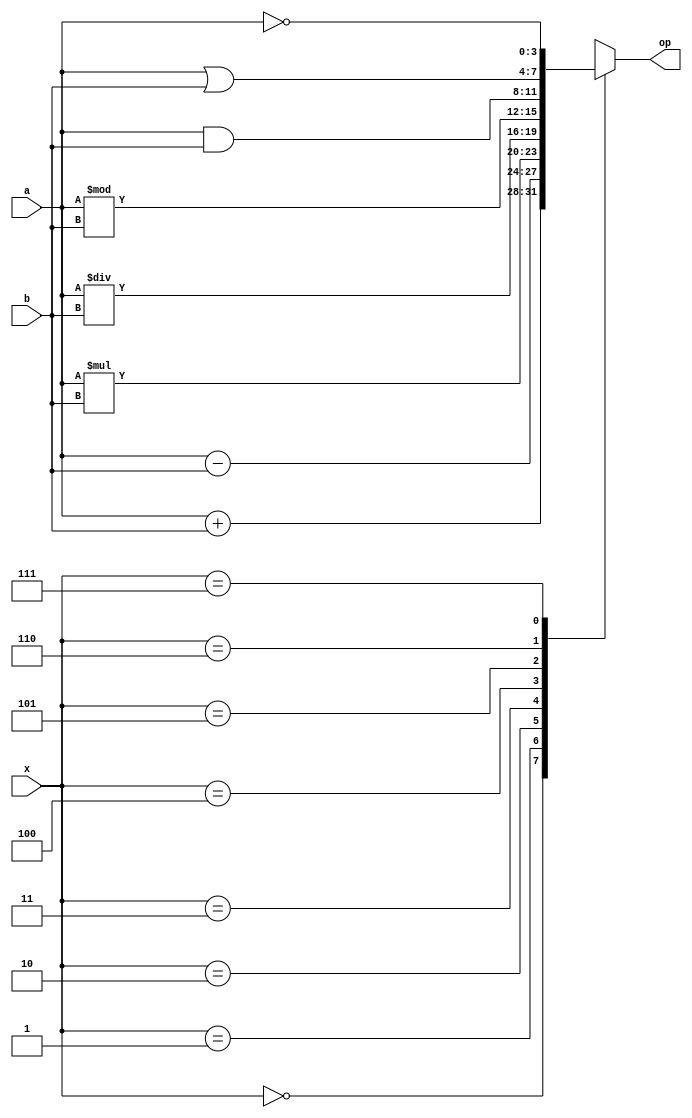
module ALU_4 (op,a,b,x);
  output reg [3:0] op;     
   input [3:0] a,b;    
   input [2:0] x;   
always @(*)
begin
 case (x)
   4'b000 : begin op = a + b; $display("Addition operation"); end
   4'b001 : begin op = a - b; $display("Subtraction operation"); end
   4'b010 : begin op = a * b; $display("Multiplication operation"); end
   4'b011 : begin op = a / b; $display("Division operation"); end
   4'b100 : begin op = a % b; $display("Modulo Division operation"); end
   4'b101 : begin op = a & b; $display("Bit-wise AND operation"); end
   4'b110 : begin op = a | b; $display("Bit-wise OR operation"); end
   4'b111 : begin op = ~ a; $display("Bit-wise Invert operation"); end
   default:op = 8'bXXXXXXXX;
 endcase
end
endmodule